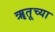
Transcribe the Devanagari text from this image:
ॠतूच्या